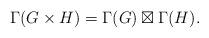
LaTeX: \begin{align*} \Gamma(G\times H) = \Gamma(G)\boxtimes \Gamma(H). \end{align*}